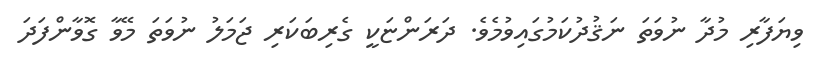
ވިޔަފާރި މުދާ ނުވަތަ ނަޤުދުކަމުގައިވުމެވެ. ދަރަންޏަކީ ގެރިބަކަރި ޖަމަލު ނުވަތަ މޭވާ ގޮވާންފަދަ